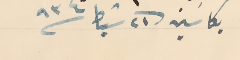
بكاسَين فى ٢١ شباط سنة ٩٣٤